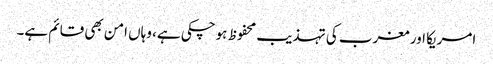
امریکا اور مغرب کی تہذیب محفوظ ہوچکی ہے، وہاں امن بھی قائم ہے۔